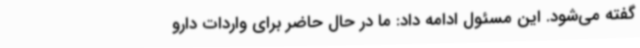
گفته می‌شود. این مسئول ادامه داد: ما در حال حاضر برای واردات دارو